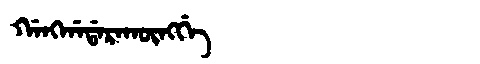
Manchu: ᡤᠠᠩᡤᠠᡩᠠᡵᠠᡴᡡᠩᡤᡝ
Romanization: GANGGADARAKŪNGGE